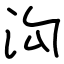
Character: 沟